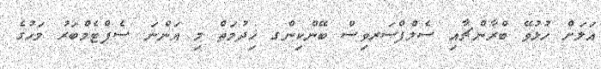
އަލަށް ހުޅުވޭ ބްރާންޗާއި ސެލްފްސަރވިސް ބޭންކިންގ ޚިދުމަތް މި އަންނަ ސެޕްޓެމްބަރު މަހުގެ